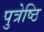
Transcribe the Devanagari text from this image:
पुत्रेष्ठि